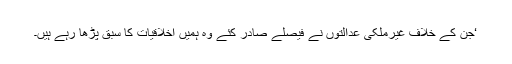
‘جن کے خلاف غیرملکی عدالتوں نے فیصلے صادر کئے وہ ہمیں اخلاقیات کا سبق پڑھا رہے ہیں۔